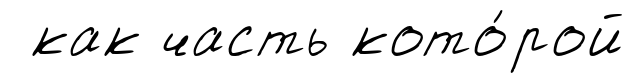
как часть кото́рой